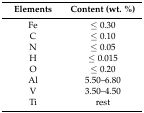
<table><thead><tr><td><b>Elements</b></td><td><b>Content (wt. %)</b></td></tr></thead><tbody><tr><td>Fe</td><td>≤ 0.30</td></tr><tr><td>C</td><td>≤ 0.10</td></tr><tr><td>N</td><td>≤ 0.05</td></tr><tr><td>H</td><td>≤ 0.015</td></tr><tr><td>O</td><td>≤ 0.20</td></tr><tr><td>Al</td><td>5.50–6.80</td></tr><tr><td>V</td><td>3.50–4.50</td></tr><tr><td>Ti</td><td>rest</td></tr></tbody></table>